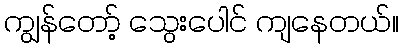
ကျွန်တော့် သွေးပေါင် ကျနေတယ်။